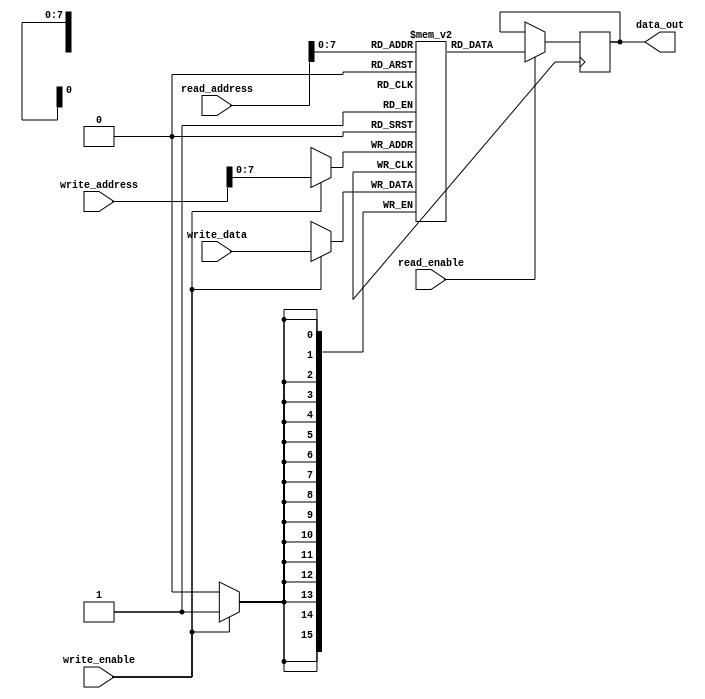
module Dual_port_RAM (
  input wire [15:0] read_address,
  input wire read_enable,
  output reg [15:0] data_out,
  
  input wire [15:0] write_address,
  input wire [15:0] write_data,
  input wire write_enable
);

reg [15:0] memory [0:255];

always @ (posedge clk) begin
  if (read_enable) begin
    data_out <= memory[read_address];
  end
  
  if (write_enable) begin
    memory[write_address] <= write_data;
  end
end

endmodule